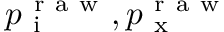
p _ { \mathrm { ~ i ~ } } ^ { \mathrm { ~ r ~ a ~ w ~ } } , p _ { \mathrm { ~ x ~ } } ^ { \mathrm { ~ r ~ a ~ w ~ } }